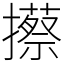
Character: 攃